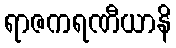
ရာဇကရဏီယာနိ